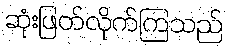
ဆုံးဖြတ်လိုက်ကြသည်